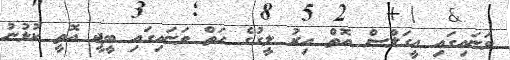
ވަނައިގައި އީގަލްސް އޮތް އިރު ލީގުގެ ހަތް ވަނައިގައި ބީޖީ އޮތީ ކުޅުނު